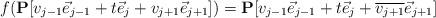
LaTeX: \begin{align*}f({\bf P}[v_{j-1}\vec{e}_{j-1}+t\vec{e}_j+v_{j+1}\vec{e}_{j+1}]) = {\bf P}[v_{j-1}\vec{e}_{j-1}+t\vec{e}_j+\overline{v_{j+1}}\vec{e}_{j+1}]\end{align*}